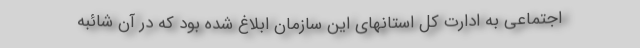
اجتماعی به ادارت کل استانهای این سازمان ابلاغ شده بود که در آن شائبه